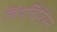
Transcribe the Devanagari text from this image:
चिपचिपेपन